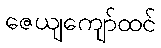
ဇေယျကျော်ထင်